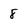
Character: 8